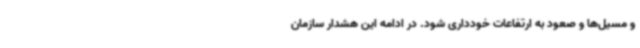
و مسیل‌ها و صعود به ارتفاعات خودداری شود. در ادامه این هشدار سازمان